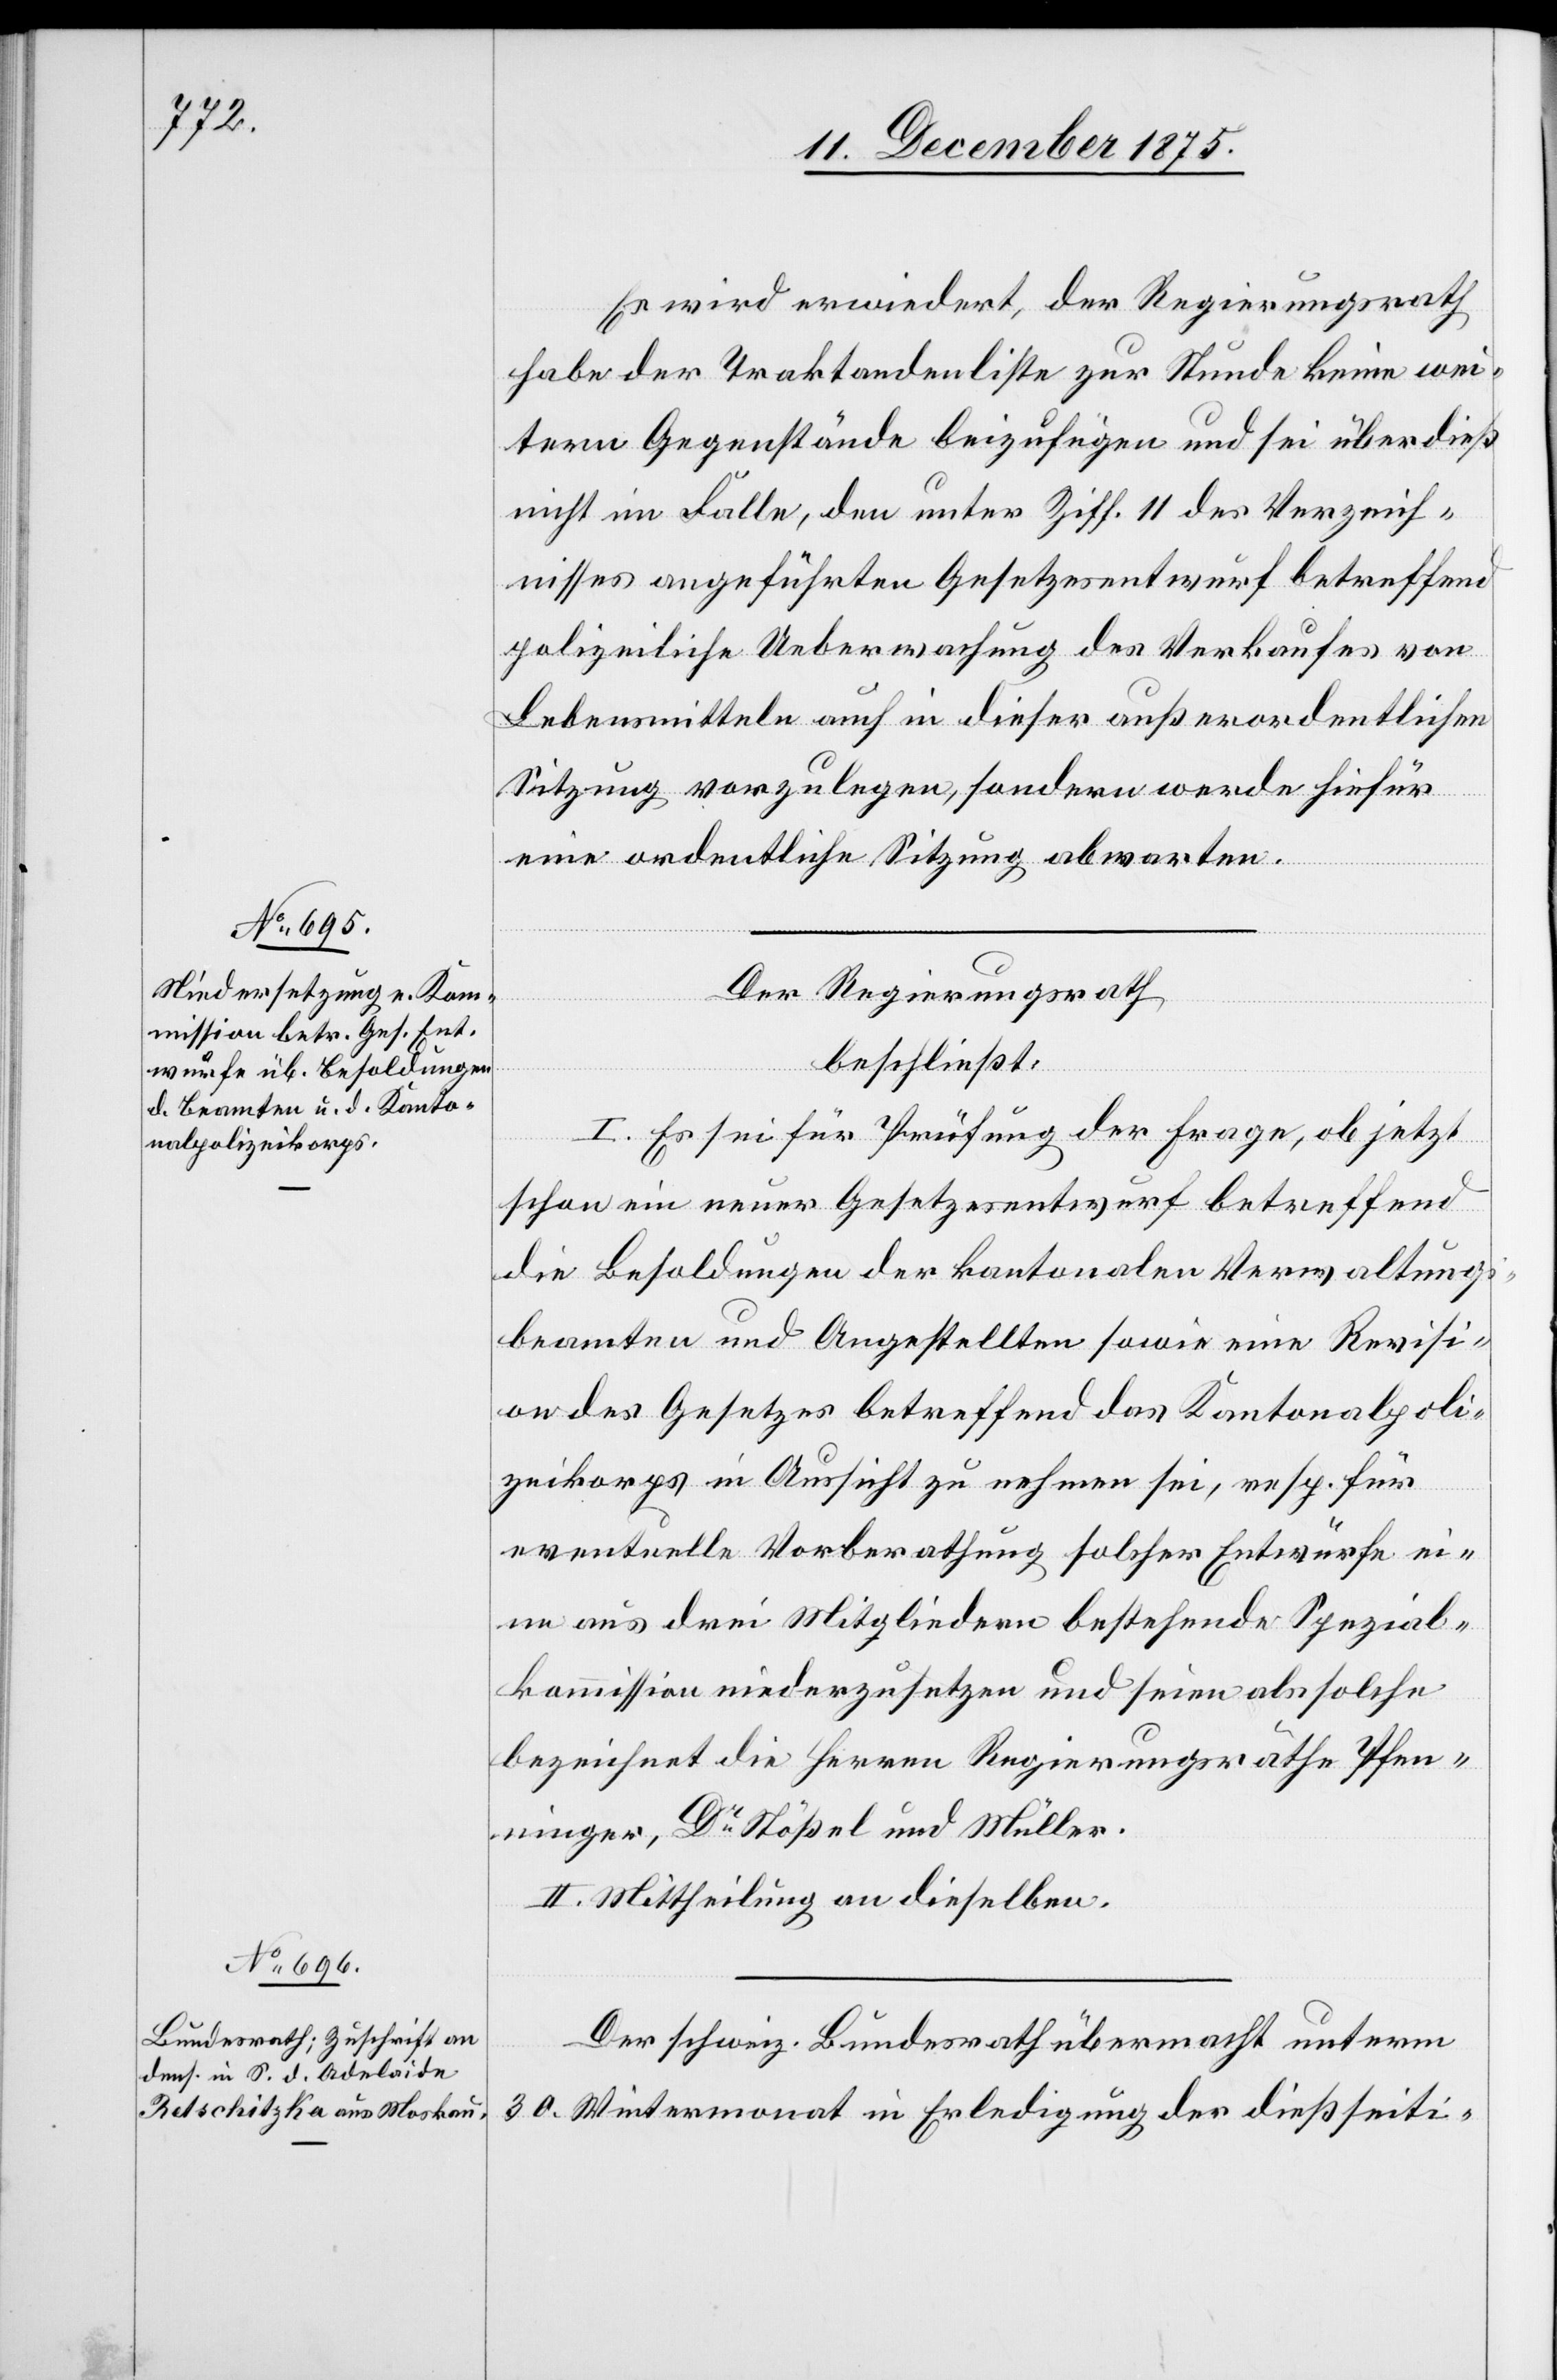
Es wird erwiedert, der Regierungsrath
habe der Traktandenliste zur Stunde keine wei¬
tern Gegenstände beizufügen und sei überdieß
nicht im Falle, den unter Ziff. 11 des Verzeich¬
nisses angeführten Gesetzesentwurf betreffend
polizeiliche Ueberwachung des Verkaufes von
Lebensmitteln auch in dieser außerordentlichen
Sitzung vorzulegen, sondern werde hiefür
eine ordentliche Sitzung abwarten.
Der Regierungsrath,
beschließt:
I. Es sei für Prüfung der Frage, ob jetzt
schon ein neuer Gesetzesentwurf betreffend
die Besoldungen der kantonalen Verwaltungs¬
beamten und Angestellten sowie eine Revisi¬
on des Gesetzes betreffend das Kantonalpoli¬
zeikorps in Aussicht zu nehmen sei, resp. für
eventuelle Vorberathung solcher Entwürfe ei¬
ne aus drei Mitgliedern bestehende Spezial¬
kommission niederzusetzen und seien als solche
bezeichnet die Herren Regierungsräthe Pfen¬
ninger, Dr Stößel und Müller.
II. Mittheilung an dieselben.
Der schweiz. Bundesrath übermacht unterm
30. Wintermonat in Erledigung der dießseiti-